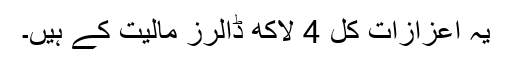
یہ اعزازات کل 4 لاکھ ڈالرز مالیت کے ہیں۔